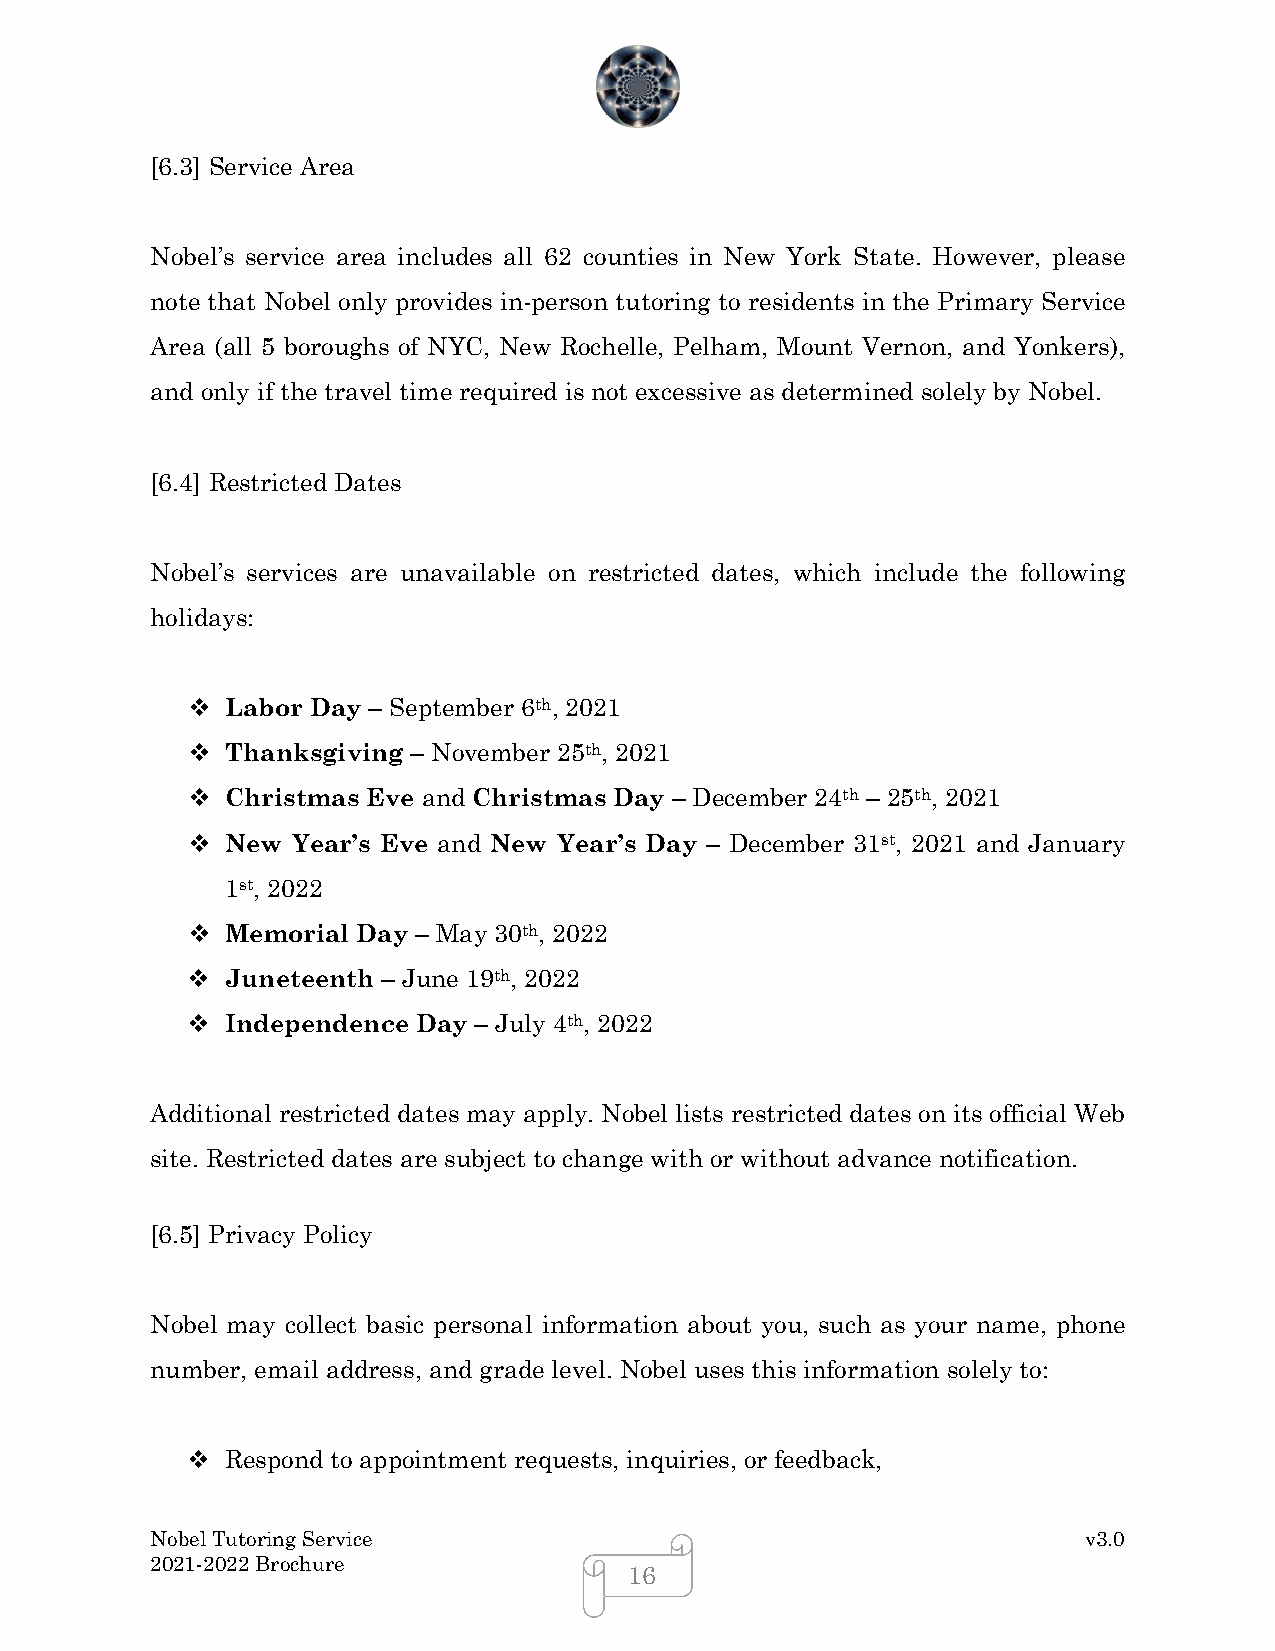
[6.3] Service Area
 Nobel’s service area includes all 62 counties in New York State. However, please
 note that Nobel only provides in-person tutoring to residents in the Primary Service
 Area (all 5 boroughs of NYC, New Rochelle, Pelham, Mount Vernon, and Yonkers),
 and only if the travel time required is not excessive as determined solely by Nobel.
 [6.4] Restricted Dates
 Nobel’s services are unavailable on restricted dates, which include the following
 holidays:
   Labor Day – September 6th, 2021
   Thanksgiving – November 25th, 2021
   Christmas Eve and Christmas Day – December 24th – 25th, 2021
   New Year’s Eve and New Year’s Day – December 31st, 2021 and January
 1st, 2022
   Memorial Day – May 30th, 2022
   Juneteenth – June 19th, 2022
   Independence Day – July 4th, 2022
 Additional restricted dates may apply. Nobel lists restricted dates on its official Web
 site. Restricted dates are subject to change with or without advance notification.
 [6.5] Privacy Policy
 Nobel may collect basic personal information about you, such as your name, phone
 number, email address, and grade level. Nobel uses this information solely to:
   Respond to appointment requests, inquiries, or feedback,
 Nobel Tutoring Service                                        v3.0
 2021-2022 Brochure
 16